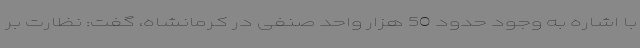
با اشاره به وجود حدود 50 هزار واحد صنفی در کرمانشاه، گفت: نظارت بر